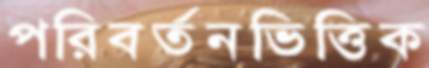
পরিবর্তনভিত্তিক